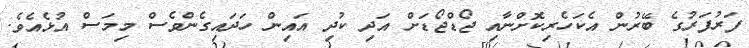
ފަރުފަރުގެ ބޭރުން އެކަހެރިކޮށްނާއި ޖޯޑްޖޯޑަށް އަދި ކުދި އައިން ހަދައިގެންވެސް މިމަސް އުޅެއެވެ.